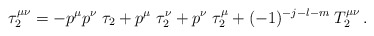
\begin{align*}\tau_2^{\mu\nu}=-p^{\mu}p^{\nu}\;\tau_2+p^{\mu}\;\tau_2^{\nu}+p^{\nu}\;\tau_2^{\mu}+(-1)^{-j-l-m}\;T_2^{\mu\nu}\,.\end{align*}